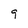
Character: g